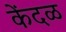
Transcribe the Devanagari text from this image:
केंदळ